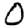
Digit: 0